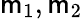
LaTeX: \mathsf{m}_{1},\mathsf{m}_{2}